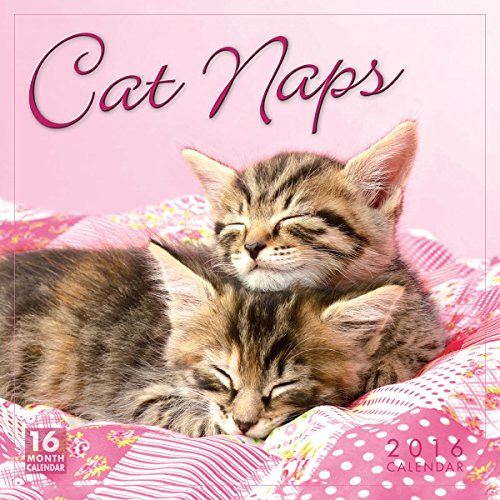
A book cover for Cat Naps 2016 Wall Calendar; Sellers Publishing; Calendars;